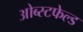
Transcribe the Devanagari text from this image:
ओब्स्टफेल्ड